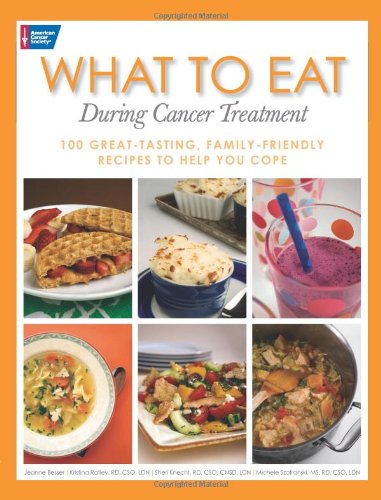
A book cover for What to Eat During Cancer Treatment: 100 Great-Tasting, Family-Friendly Recipes to Help You Cope; Jeanne Besser; Cookbooks, Food & Wine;